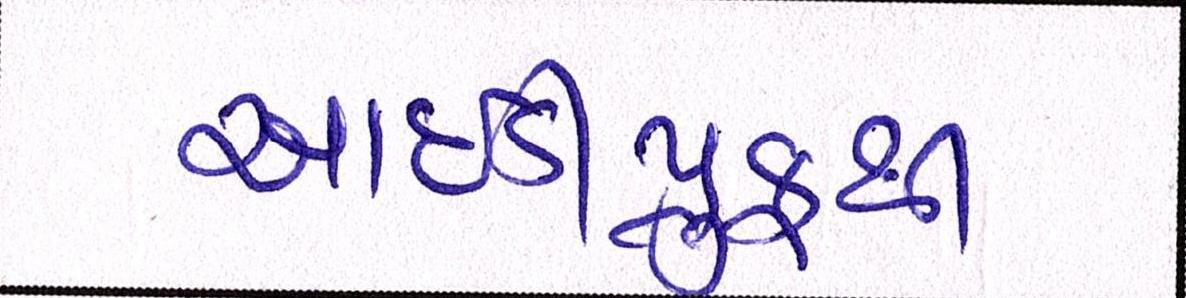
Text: આઇડીપ્રુફથી